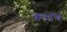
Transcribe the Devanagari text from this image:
कसंचं